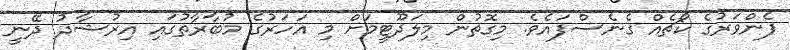
ފެންވަރުގެ ކޯޗެއް ގެނެސްފައެވެ. މިގޮތުން މިލަދޫޓީމަށް މި އަހަރުގެ މުބާރާތުގައި އިރުޝާދު ދޭނީ